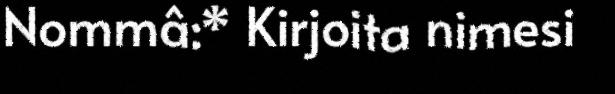
Nommâ:* Kirjoita nimesi